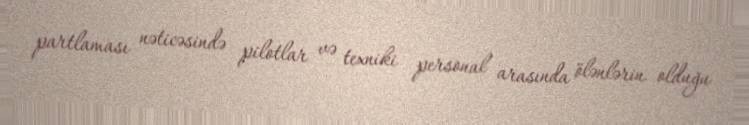
partlaması nəticəsində pilotlar və texniki personal arasında ölənlərin olduğu